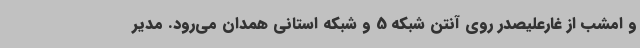
و امشب از غارعلیصدر روی آنتن شبکه 5 و شبکه استانی همدان می‌رود. مدیر